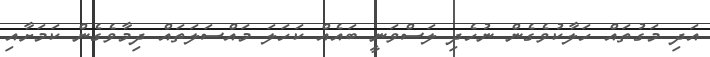
އަދި މަގުތައް ހަލާކުވެގެން ނުހެދި ލަސްވަނީ ބައެއް ކަހަލަ މައްސަލަތައް ދިމާވެގެން ކަމަށާއި